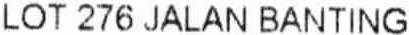
LOT 276 JALAN BANTING